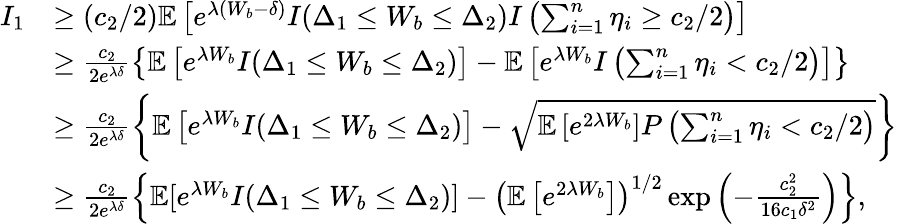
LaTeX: \begin{array}{rl}{I_{1}}&{\geq(c_{2}/2)\mathbb{E}\left[e^{\lambda(W_{b}-\delta)}I(\Delta_{1}\leq W_{b}\leq\Delta_{2})I\left(\sum_{i=1}^{n}\eta_{i}\geq c_{2}/2\right)\right]}\\ &{\geq\frac{c_{2}}{2e^{\lambda\delta}}\left\{ \mathbb{E}\left[e^{\lambda W_{b}}I(\Delta_{1}\leq W_{b}\leq\Delta_{2})\right]-\mathbb{E}\left[e^{\lambda W_{b}}I\left(\sum_{i=1}^{n}\eta_{i}<c_{2}/2\right)\right]\right\} }\\ &{\geq\frac{c_{2}}{2e^{\lambda\delta}}\left\{ \mathbb{E}\left[e^{\lambda W_{b}}I(\Delta_{1}\leq W_{b}\leq\Delta_{2})\right]-\sqrt{\mathbb{E}\left[e^{2\lambda W_{b}}\right]P\left(\sum_{i=1}^{n}\eta_{i}<c_{2}/2\right)}\right\} }\\ &{\geq\frac{c_{2}}{2e^{\lambda\delta}}\left\{ \mathbb{E}[e^{\lambda W_{b}}I(\Delta_{1}\leq W_{b}\leq\Delta_{2})]-\left(\mathbb{E}\left[e^{2\lambda W_{b}}\right]\right)^{1/2}\exp\left(-\frac{c_{2}^{2}}{16c_{1}\delta^{2}}\right)\right\} ,}\end{array}